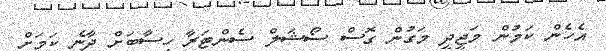
އެހެން ކަމުން މަޖީދީ މަގުން ގޮސް ސޯޝަލް ސެންޓަރާ ހިސާބަށް ދާނެ ކަމަށް